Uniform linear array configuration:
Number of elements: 24
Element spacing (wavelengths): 0.5
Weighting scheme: hann
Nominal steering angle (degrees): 15
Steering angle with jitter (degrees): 16.317
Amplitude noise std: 0.05
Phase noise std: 0.05

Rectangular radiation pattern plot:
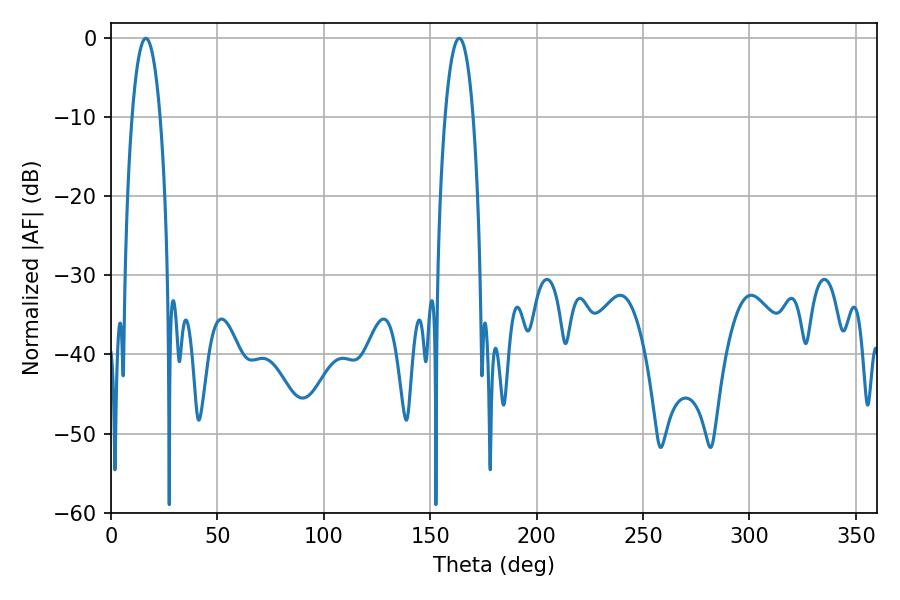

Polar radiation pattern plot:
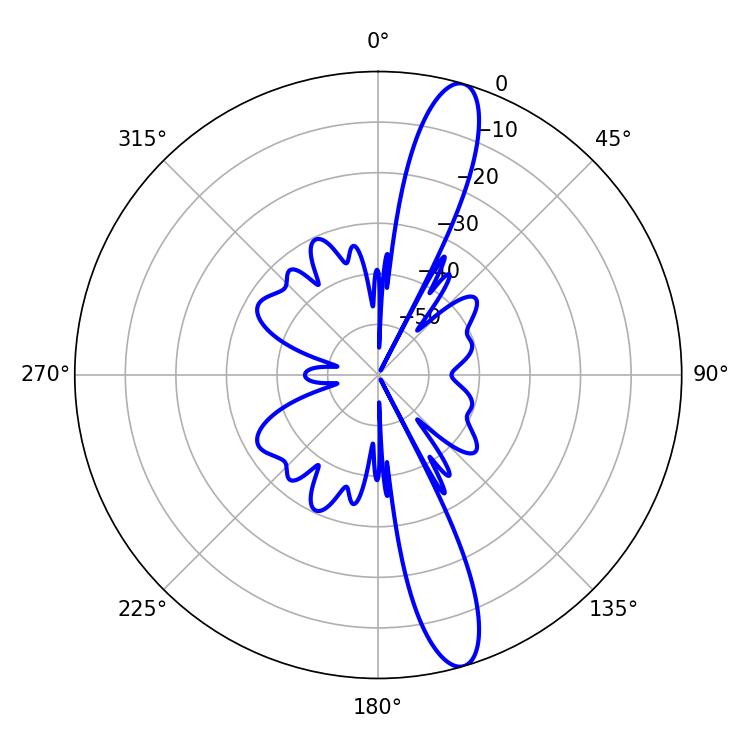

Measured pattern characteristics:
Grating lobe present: FALSE
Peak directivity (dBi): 14.139
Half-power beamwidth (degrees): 7.38
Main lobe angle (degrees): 16.38